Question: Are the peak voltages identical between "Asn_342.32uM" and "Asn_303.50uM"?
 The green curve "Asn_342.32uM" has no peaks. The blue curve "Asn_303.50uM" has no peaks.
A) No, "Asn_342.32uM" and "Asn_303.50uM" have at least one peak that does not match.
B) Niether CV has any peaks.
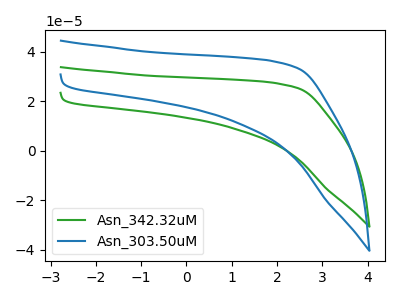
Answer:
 <answer>B) Niether CV has any peaks.</answer>
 <eval>B</eval>